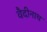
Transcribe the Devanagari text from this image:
वैदीनाथ